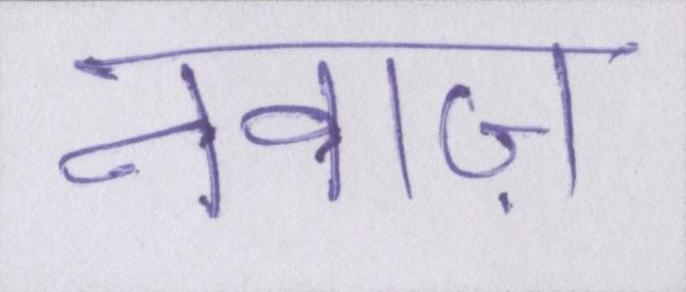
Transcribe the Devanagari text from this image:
नवाज़